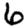
Digit: 6